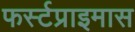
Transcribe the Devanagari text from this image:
फर्स्टप्राइमास